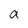
Character: a